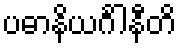
ပဓာနိယင်္ဂါနီတိ